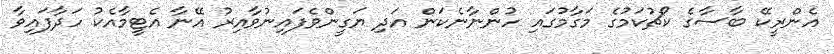
އެންރީކޭ ބާސާގެ ކޯޗުކަމުގެ މަގާމުގައި ހުންނާނެކަން އަދި ޔަގީންވެފައިނުވާއިރު އޭނާ އެޓީމާއެކު ހަދާފައިވާ